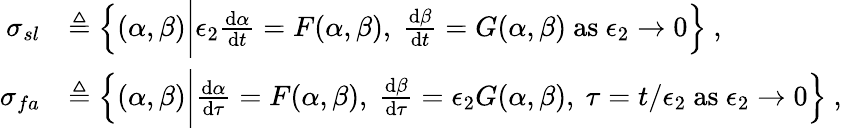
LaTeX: \begin{array}{rl}{\sigma_{sl}}&{\triangleq\left\{ (\alpha,\beta)\bigg|\epsilon_{2}\frac{\mathrm{d}\alpha}{\mathrm{d}t}=F(\alpha,\beta),~\frac{\mathrm{d}\beta}{\mathrm{d}t}=G(\alpha,\beta)~\mathrm{as}~\epsilon_{2}\to 0\right\} \ ,}\\ {\sigma_{fa}}&{\triangleq\left\{ (\alpha,\beta)\bigg|\frac{\mathrm{d}\alpha}{\mathrm{d}\tau}=F(\alpha,\beta),~\frac{\mathrm{d}\beta}{\mathrm{d}\tau}=\epsilon_{2}G(\alpha,\beta),~\tau=t/\epsilon_{2}~\mathrm{as}~\epsilon_{2}\to 0\right\} \ ,}\end{array}